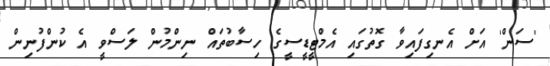
'ސަން' އަށް އެނގިފައިވާ ގޮތުގައި އެމްޓީޑީސީގެ ހިސާބުތައް ނިންމުން ލަސްވީ އެ ކުންފުނިން